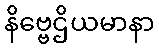
နိဗ္ဗေဌိယမာနာ